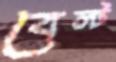
বেল্ট